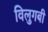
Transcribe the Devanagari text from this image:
विलुगबी